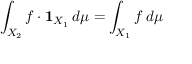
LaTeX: \int _ { X _ { 2 } } f \cdot { \mathbf { 1 } } _ { X _ { 1 } } \, d \mu = \int _ { X _ { 1 } } f \, d \mu